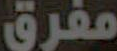
مفرق